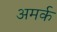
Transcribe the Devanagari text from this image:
अमर्क